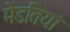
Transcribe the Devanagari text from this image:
मेडतियां